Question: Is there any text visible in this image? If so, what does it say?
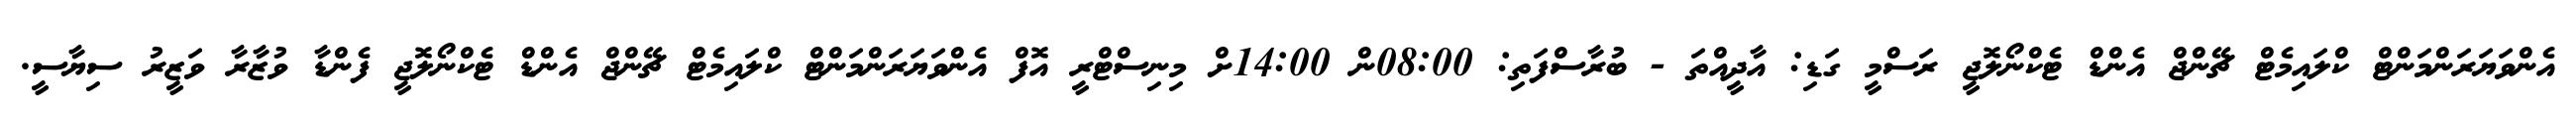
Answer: އެންވަޔަރަންމަންޓް ކްލައިމެޓް ޗޭންޖް އެންޑް ޓެކްނޯލޮޖީ ރަސްމީ ގަޑި: އާދީއްތަ - ބުރާސްފަތި: 08:00ން 14:00ށް މިނިސްޓްރީ އޮފް އެންވަޔަރަންމަންޓް ކްލައިމެޓް ޗޭންޖް އެންޑް ޓެކްނޯލޮޖީ ފެންޑާ ވުޒާރާ ވަޒީރު ސިޔާސީ.